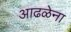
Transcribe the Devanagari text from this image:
आढळेना